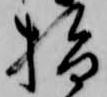
指